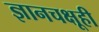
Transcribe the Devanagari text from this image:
ज्ञानचक्षूही